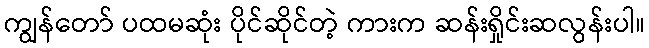
ကျွန်တော် ပထမဆုံး ပိုင်ဆိုင်တဲ့ ကားက ဆန်းရှိုင်းဆလွန်းပါ။